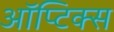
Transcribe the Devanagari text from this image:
ऑप्टिक्‍स